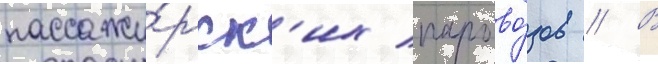
пассажи́рск'их парово́зов // В